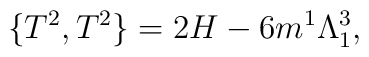
\{ T^2 , T^2 \} =2H - 6 m^1  \Lambda^3_1,